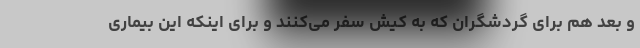
و بعد هم برای گردشگران که به کیش سفر می‌کنند و برای اینکه این بیماری